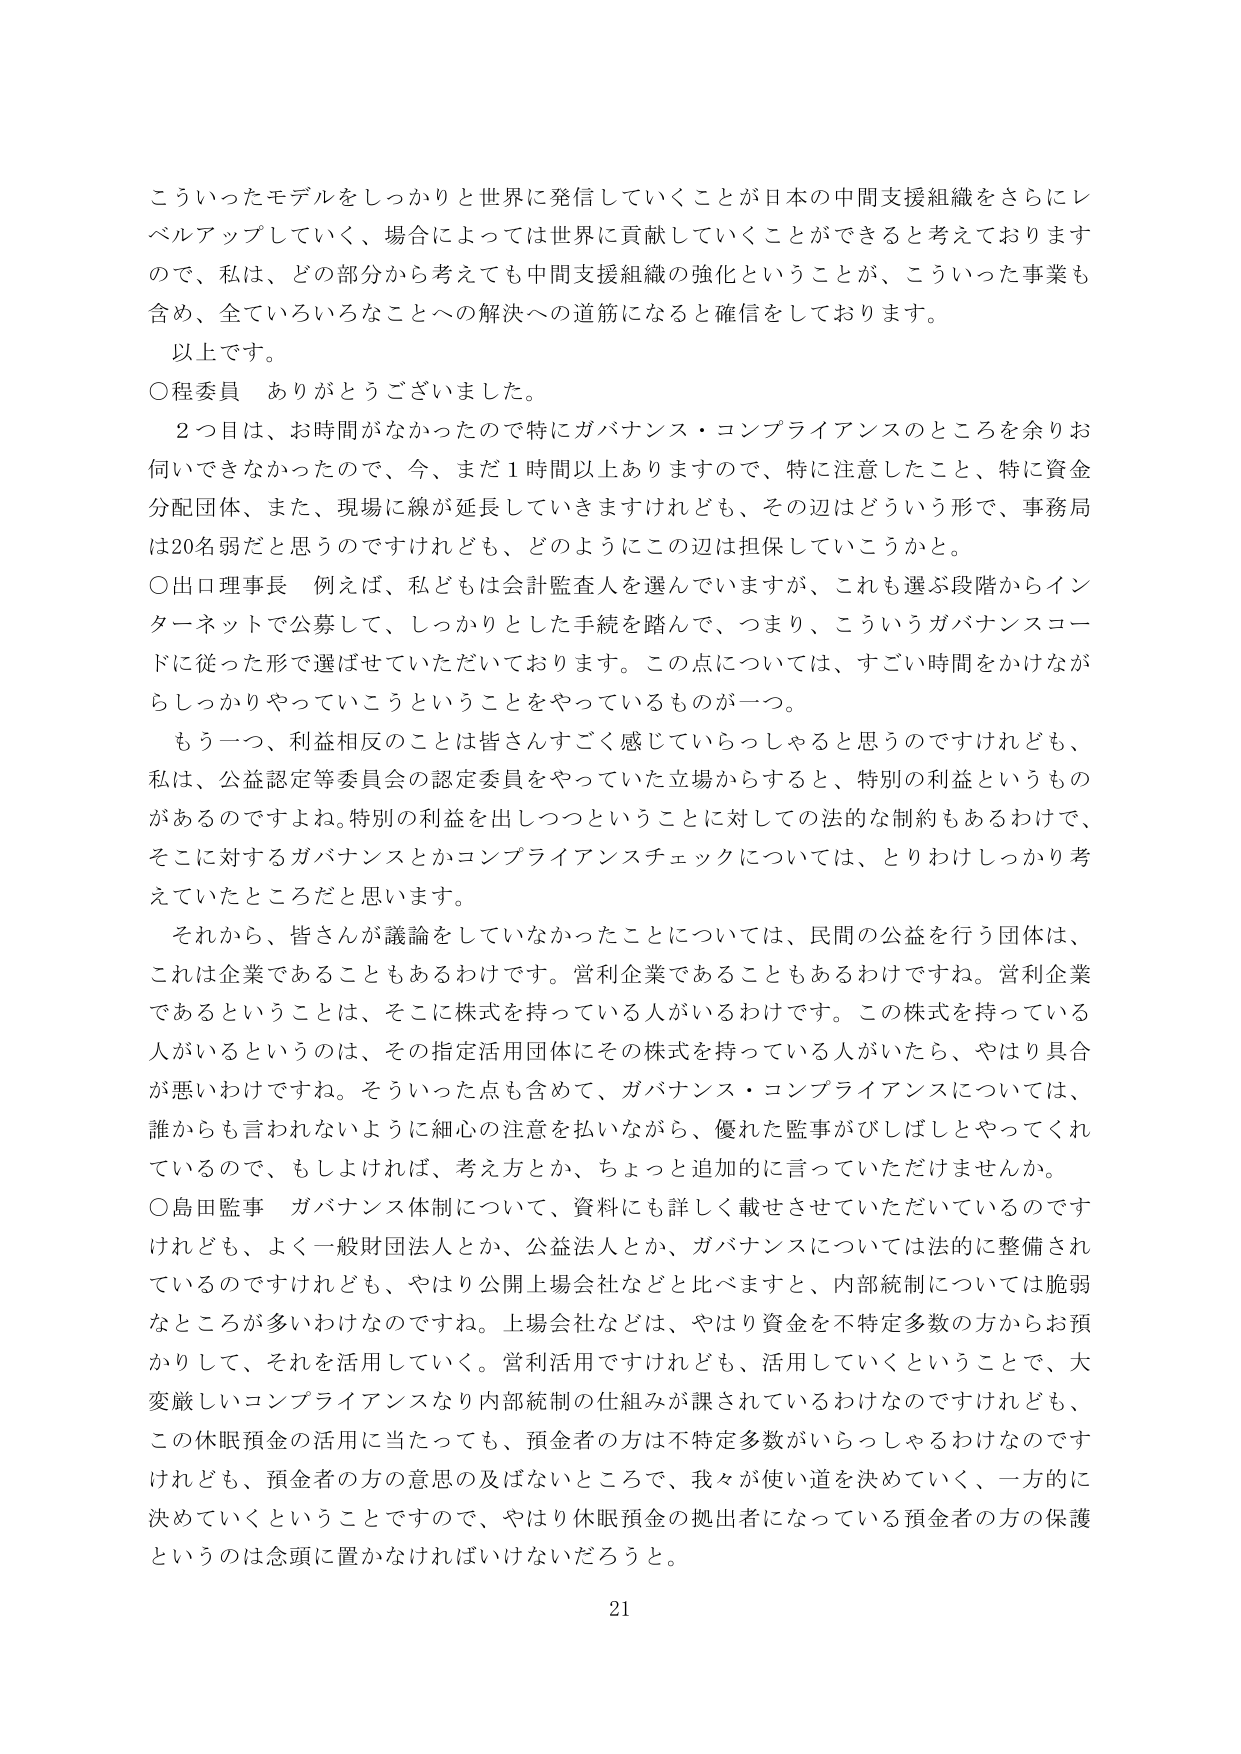
こういったモデルをしっかりと世界に発信していくことが日本の中間支援組織をさらにレベルアップしていく、場合によっては世界に貢献していくことができると考えておりますので、私は、どの部分から考えても中間支援組織の強化ということが、こういった事業も含め、全ていろいろなことへの解決への道筋になると確信しております。

以上です。

○程委員　ありがとうございました。

　2つ目は、お時間がなかったので特にガバナンス・コンプライアンスのところを余りお伺いできなかったので、今、まだ1時間以上ありますので、特に注意したこと、特に資金分配団体、また、現場に線が延長していきますけれども、その辺はどういう形で、事務局は20名弱だと思うのですけれども、どのようにこの辺は担保していこうかと。

○出口理事長　例えば、私どもは会計監査人を選んでいますが、これも選ぶ段階からインターネットで公募して、しっかりとした手続を踏んで、つまり、こういうガバナンスコードに従った形で選ばせていただいております。この点については、すごい時間をかけながらしっかりやっていこうということをやっているものが一つ。

　もう一つ、利益相反のことは皆さんすごく感じていらっしゃると思うのですけれども、私は、公益認定等委員会の認定委員をやっていた立場からすると、特別の利益というものがあるのですよね。特別の利益を出しつつということに対しての法的な制約もあるわけで、そこに対するガバナンスとかコンプライアンスチェックについては、とりわけしっかり考えていたところだと思います。

　それから、皆さんが議論をしていなかったことについては、民間の公益を行う団体は、これは企業であることもあるわけです。営利企業であることもあるわけです。営利企業であるということは、そこに株式を持っている人がいるわけです。この株式を持っている人がいるというのは、その指定活用団体にその株式を持っている人がいたら、やはり具合が悪いわけですね。そういった点も含めて、ガバナンス・コンプライアンスについては、誰からも言われないように細心の注意を払いながら、優れた監事がびしょしとやってくれているので、もしおければ、考え方とか、ちょっと追加的に言っていただけませんか。

○島田監事　ガバナンス体制について、資料にも詳しく載せさせていただいているのですけれども、よく一般財団法人とか、公益法人とか、ガバナンスについては法的に整備されているのですけれども、やはり公開上場会社などと比べますと、内部統制については脆弱なところが多いわけなのです。上場会社などは、やはり資金を不特定多数の方からお預かりして、それを活用していく。営利活用ですけれども、活用していくということで、大変厳しいコンプライアンスなり内部統制の仕組みが課されているわけなのですけれども、この休眠預金の活用に当たっても、預金者の方は不特定多数がいらっしゃるわけなのですけれども、預金者の方の意思の及ばないところで、我々が使い道を決めていく、一方的に決めていくということですので、やはり休眠預金の拠出者になっている預金者の方の保護というのは念頭に置かなければならないだろうと。

21